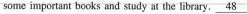
some important books and study at the library.\underline{48}